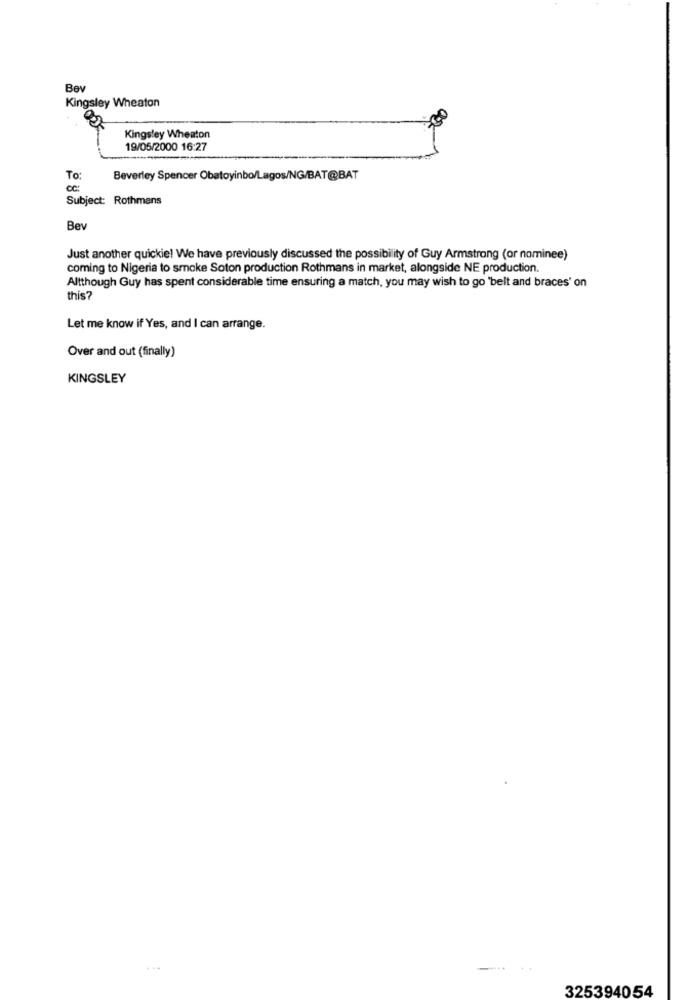
Bey
Kingsley Wheaton
Kingsley Wheaton
19/05/2000 16:27
To:
Beverley Spencer Obatoyinbo/Lagos/NG/BAT@BAT
Subject: Rothmans
Bev
Just another quickie! We have previously discussed the possibility of Guy Armstrong (or nominee)
coming to Nigeria to smoke Soton production Rothmans in market, alongside NE production.
Altthough Guy has spent considerable time ensuring a match, you may wish to go 'belt and braces' on
this?
Let me know if Yes, and I can arrange.
Over and out (finally)
KINGSLEY
. ..
325394054